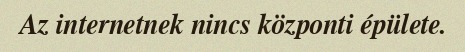
Az internetnek nincs központi épülete.